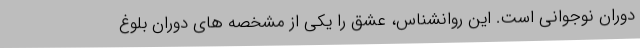
دوران نوجوانی است. این روانشناس، عشق را یکی از مشخصه های دوران بلوغ